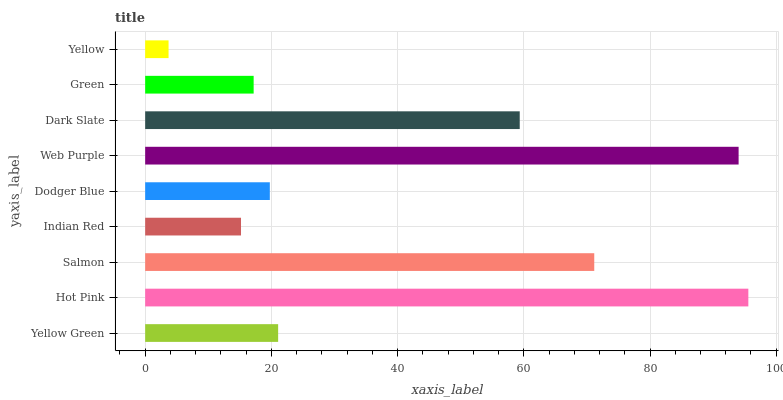
| yaxis_label | bars |
 | --- | --- |
 | Yellow Green | 21.1 |
 | Hot Pink | 95.6 |
 | Salmon | 71.2 |
 | Indian Red | 15.2 |
 | Dodger Blue | 19.8 |
 | Web Purple | 94 |
 | Dark Slate | 59.4 |
 | Green | 17.2 |
 | Yellow | 3.71 |